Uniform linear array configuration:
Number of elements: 4
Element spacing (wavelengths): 1
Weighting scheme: kaiser
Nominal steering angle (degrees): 60
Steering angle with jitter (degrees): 59.452
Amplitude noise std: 0.05
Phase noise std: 0.05

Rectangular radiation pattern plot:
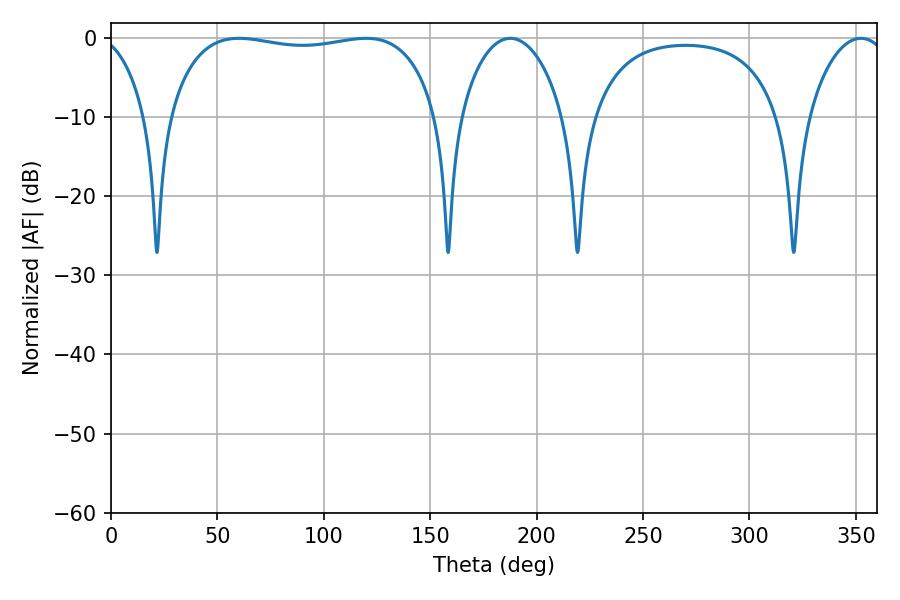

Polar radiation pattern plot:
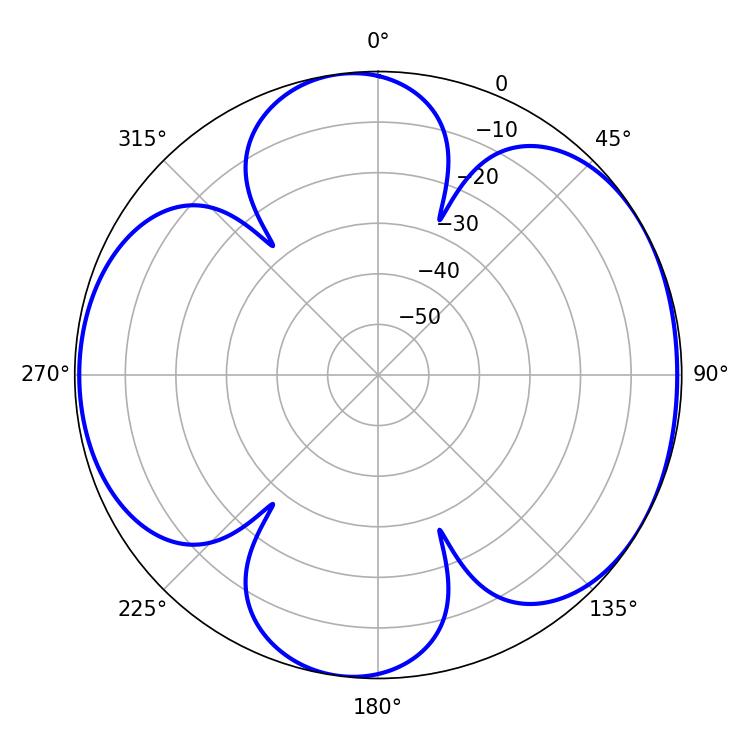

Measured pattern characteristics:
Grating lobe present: TRUE
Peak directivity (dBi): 5.926
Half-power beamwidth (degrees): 101.88
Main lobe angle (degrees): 119.88